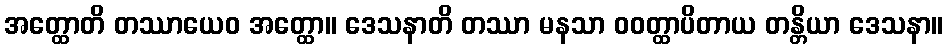
အတ္ထောတိ တဿာယေဝ အတ္ထော။ ဒေသနာတိ တဿာ မနသာ ဝဝတ္ထာပိတာယ တန္တိယာ ဒေသနာ။